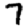
Digit: 7